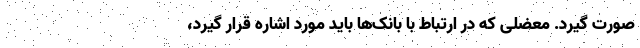
صورت گیرد. معضلی که در ارتباط با بانک‌ها باید مورد اشاره قرار گیرد،